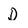
Character: D